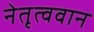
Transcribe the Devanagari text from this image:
नेतृत्ववान